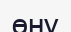
өну